system: You are a helpful assistant.
user:
Analyze the provided spectrum to determine if it is a **M-type Giant (gM)**.

A M-type Giant spectrum is defined by its **strong molecular absorption** features, particularly from **Titanium Oxide (TiO)**. You must check for one of the following mutually exclusive signatures:

- **Key Visual Indicators (Absorption-Dominated Spectrum):**

    - **(Primary):** The spectrum is dominated by strong molecular absorption from **Titanium Oxide (TiO)**. This is the **defining feature** of its M-type temperature class.
        - **(Key Bandheads):** Look for sharp, "saw-tooth" absorption valleys. The strongest are located near **~7050 Å**, **~6160 Å**, and **~5170 Å**.
        - **(Line Profile):** The "saw-tooth" morphology is critical: a **sharp, steep drop on the BLUE (short-wavelength) side** of the bandhead, followed by a gradual recovery (rising flux) towards the RED (long-wavelength) side.

    - **(Key Confirmation - Giant vs. Dwarf):** **ABSENCE** of strong **Calcium Hydride (CaH)** molecular bands. This is the primary diagnostic for *excluding* M-dwarfs.
        - **(Key Region):** The spectrum should lack the strong, broad absorption band seen in dwarfs between **~6800 Å and ~7000 Å**.

    - **(Secondary Confirmation - Giant):** A very strong and broad **Neutral Calcium (Ca I)** atomic absorption line.
        - **(Key Line):** Located at **~4226 Å**. In a giant (gM), this line is significantly deeper and broader than the same line in an M-dwarf (dM) due to low surface gravity.

    - **(Overall Spectrum):**
        - The continuum is **extremely red-sloping** (i.e., flux is very low in the blue and rises dramatically towards the red).
        - The entire spectrum appears "chopped up" by the deep TiO bands.

Think first, call **spectral_visualization_tool** if needed to examine features in detail, then provide your final answer. Your response must adhere to the following strict rules:
1.  **Overall Structure:** Your response must follow the format `<think>...</think> <tool_call>...</tool_call> (if a tool is used) <answer>...</answer>`.
2.  **Tool Usage Constraint:** You may only make **one** tool call per turn.
3.  **Final Answer Format:** In the `<answer>` tag, your conclusion must be inside a `\boxed{}` command (e.g., `\boxed{YES}` or `\boxed{NO}`), followed by your justification.

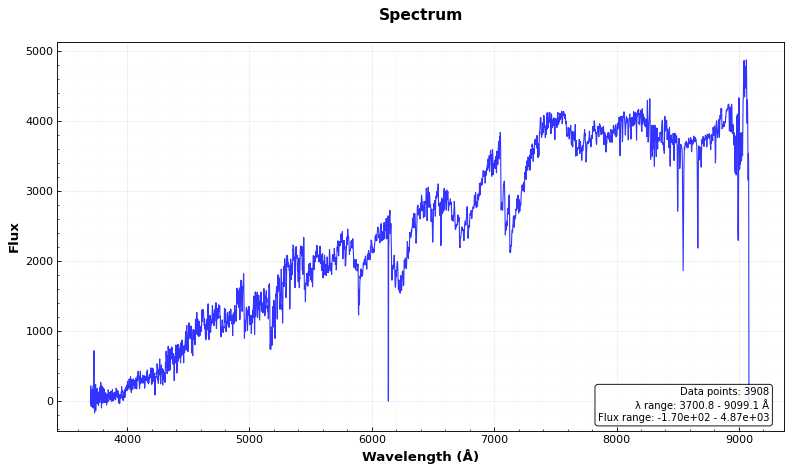
Answer: NO